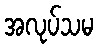
အလုပ်သမ